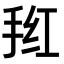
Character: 𭠲